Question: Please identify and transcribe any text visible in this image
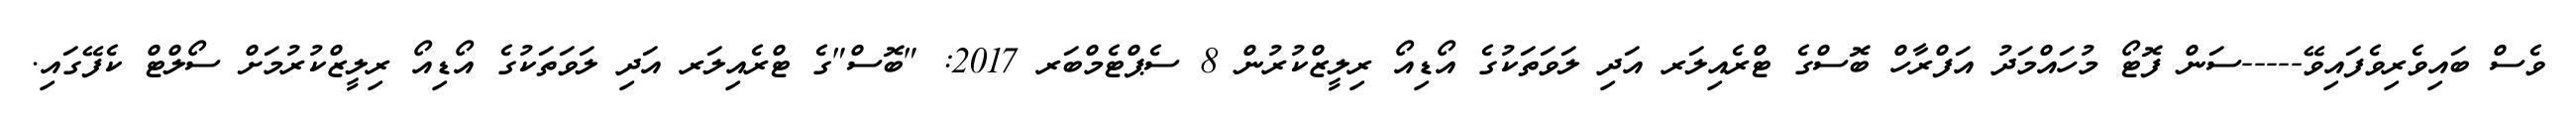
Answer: ވެސް ބައިވެރިވެފައިވޭ-----ސަން ފޮޓޯ މުހައްމަދު އަފްރާހް ބޮސްގެ ޓްރެއިލަރ އަދި ލަވަތަކުގެ އޯޑިއޯ ރިލީޒްކުރުން 8 ސެޕްޓެމްބަރ 2017: "ބޮސް"ގެ ޓްރެއިލަރ އަދި ލަވަތަކުގެ އޯޑިއޯ ރިލީޒްކުރުމަށް ސޯލްޓް ކެފޭގައި.